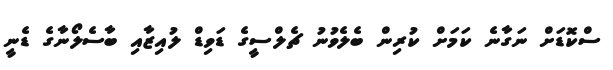
ސްކޮޑަށް ނަގާނެ ކަމަށް ކުރިން ބެލެވުނު ޗެލްސީގެ ޑަވިޑް ލުއިޒާއި ބާސެލޯނާގެ ޑެނީ